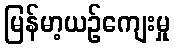
မြန်မာ့ယဉ်ကျေးမှု